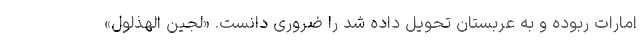
امارات ربوده و به عربستان تحویل داده شد را ضروری دانست. «لجین الهذلول»